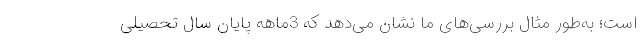
است؛ به‌طور مثال بررسی‌های ما نشان می‌دهد که 3ماهه پایان سال تحصیلی